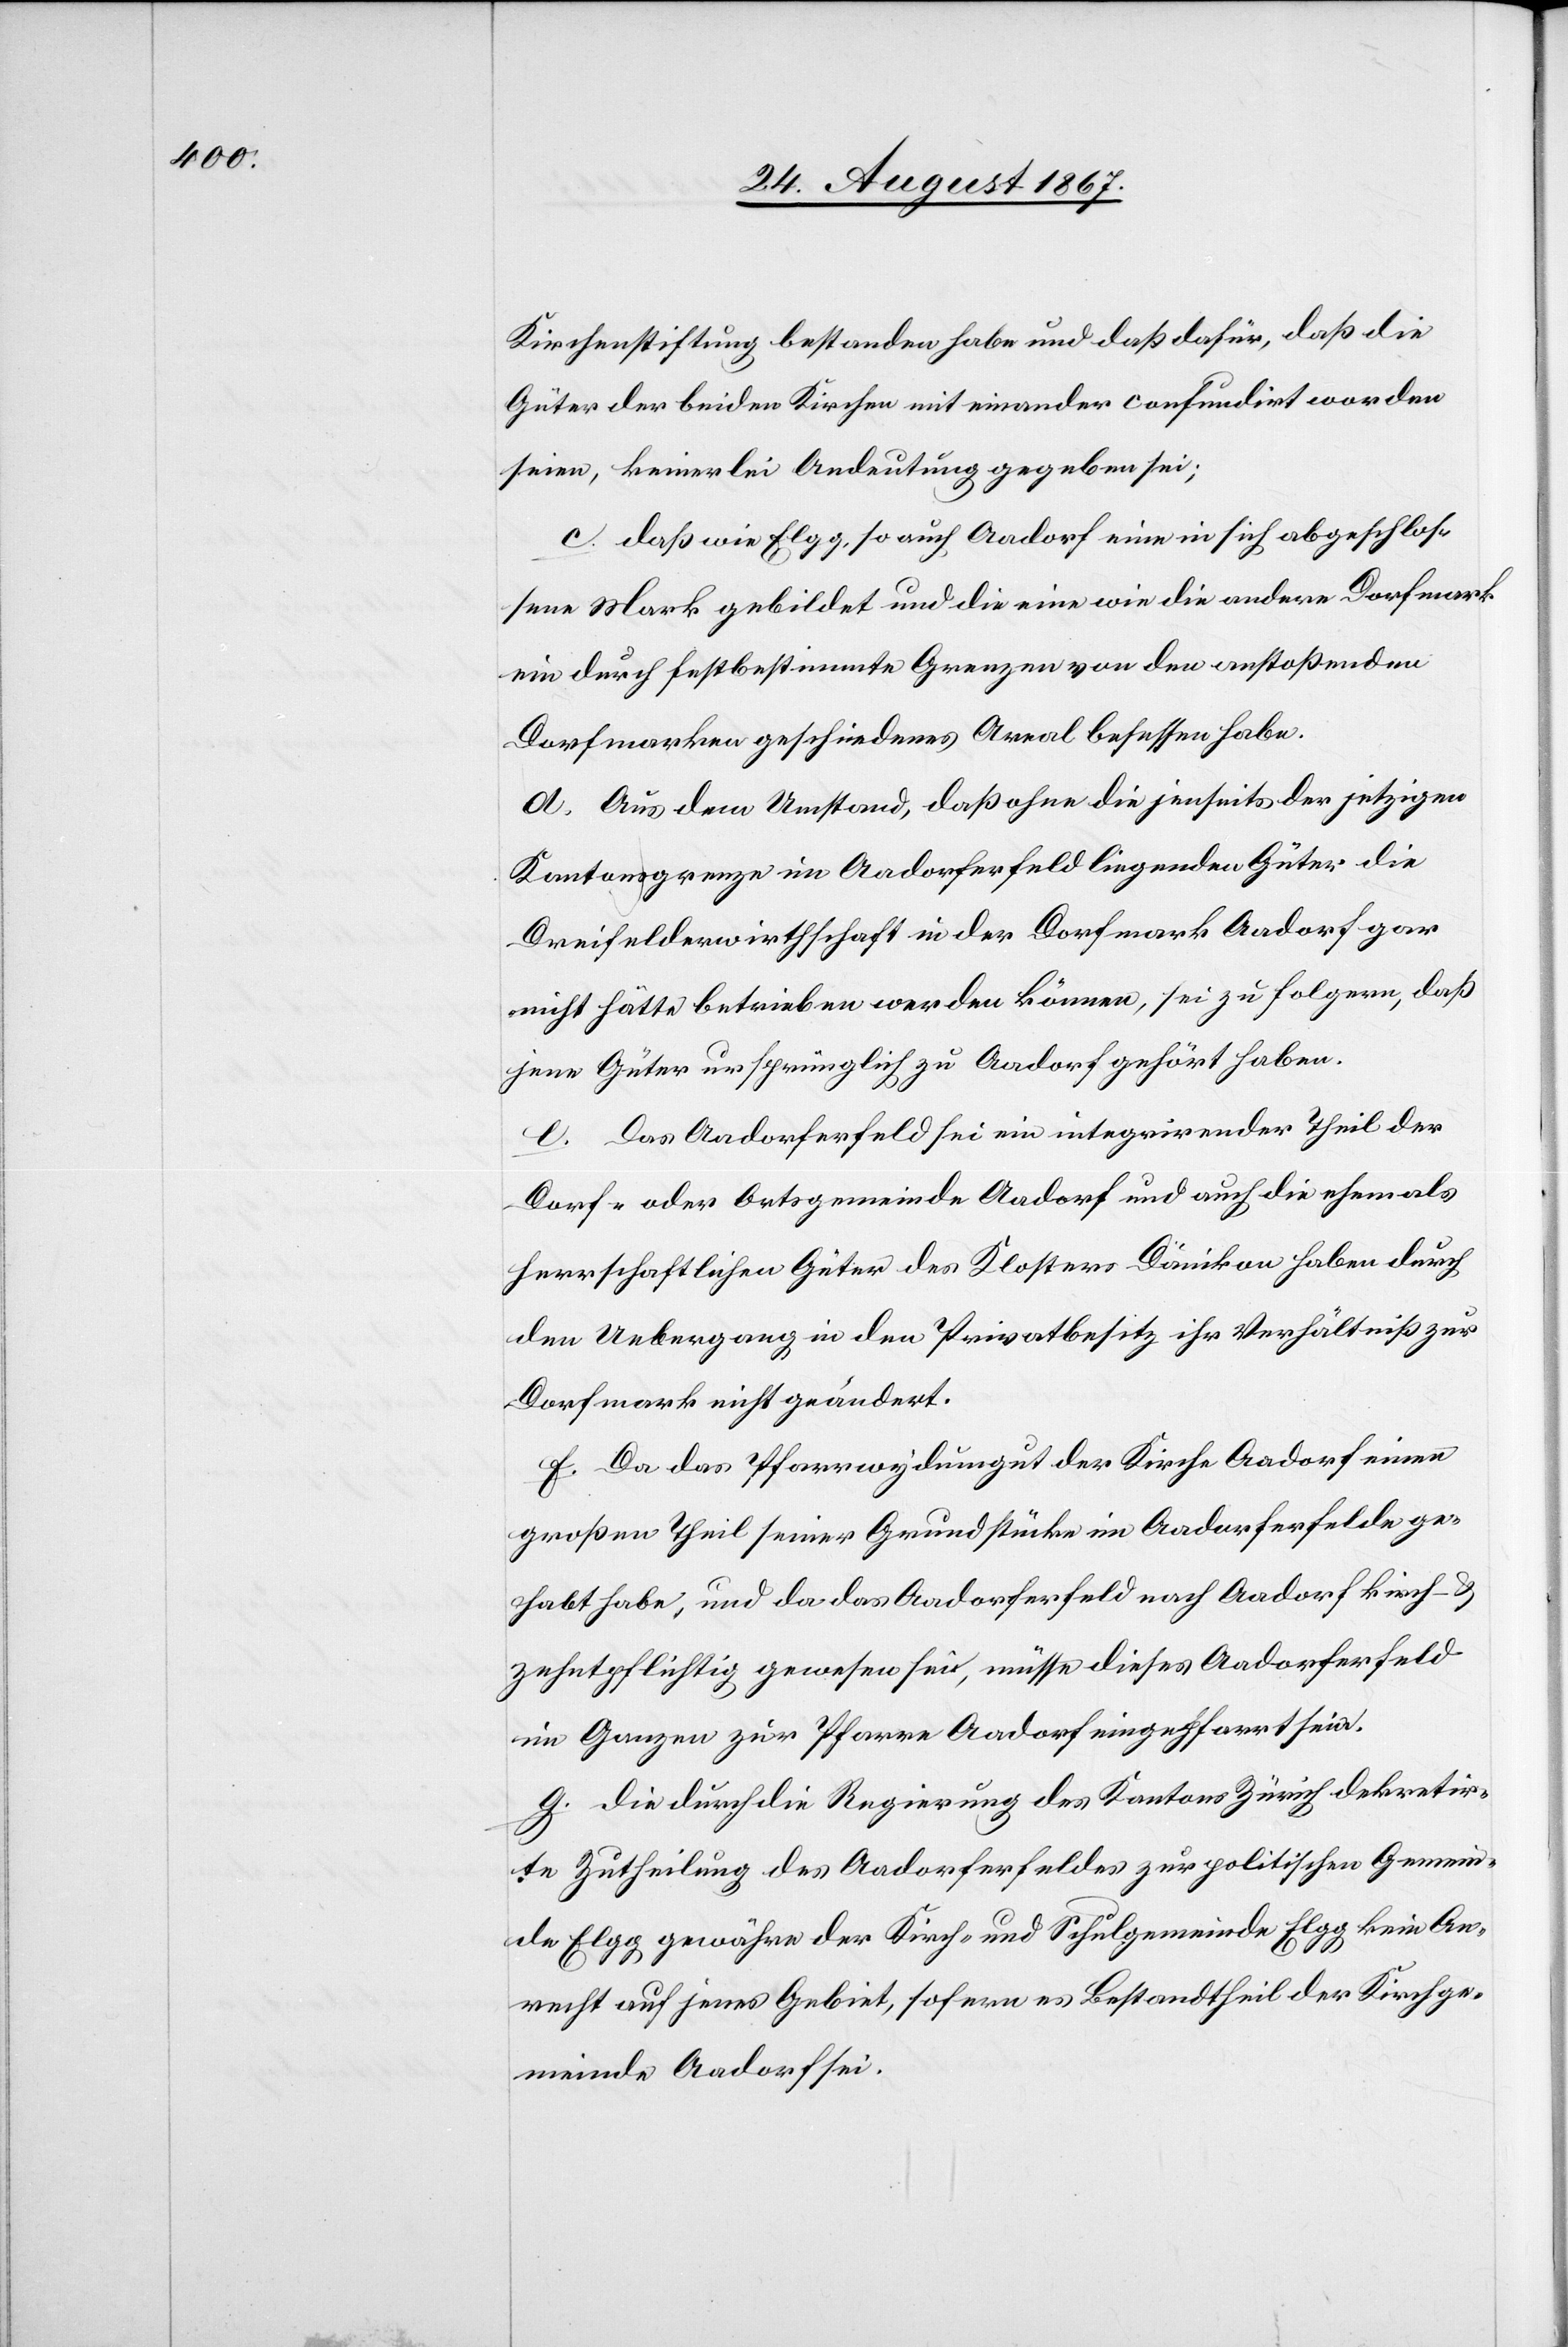
Kirchenstiftung bestanden habe und daß dafür, daß die
Güter der beiden Kirchen mit einander confundirt worden
seien, keinerlei Andeutung gegeben sei;
c. daß wie Elgg, so auch Aadorf eine in sich abgeschlos¬
sene Mark gebildet und die eine wie die andere Dorfmark
ein durch selbstbestimmte Grenzen von den anstoßenden
Dorfmarken geschiedenes Areal besessen habe.
d. Aus dem Umstand, daß ohne die jenseits der jetzigen
Kantonsgrenze im Aadorferfelde liegenden Güter die
Dreifelderwirthschaft in der Dorfmark Aadorf gar
nicht hätte betrieben werden können, sei zu folgern, daß
jene Güter ursprünglich zu Aadorf gehört haben.
e. Das Aadorferfeld sei ein integrirender Theil der
Dorf- oder Ortsgemeinde Aadorf und auch die ehemals
herrschaftlichen Güter des Klosters Dänikon haben durch
den Uebergang in den Privatbesitz ihr Verhältniß zur
Dorfmark nicht geändert.
f. Da das Pfarrwydumgut der Kirche Aadorf einen
großen Theil seiner Grundstücke im Aadorferfelde ge¬
habt habe, und da das Aadorferfeld nach Aadorf kirch- u.
zehntpflichtig gewesen sei, müsse dieses Aadorferfeld
im Ganzen zur Pfarre Aadorf eingepfarrt sein.
g. die durch die Regierung des Kantons Zürich dekretir¬
te Zutheilung des Aadorferfeldes zur politischen Gemein¬
de Elgg gewähre der Kirch- und Schulgemeinde Elgg kein An¬
recht auf jenes Gebiet, sofern es Bestandtheil der Kirchge¬
meinde Aadorf sei.